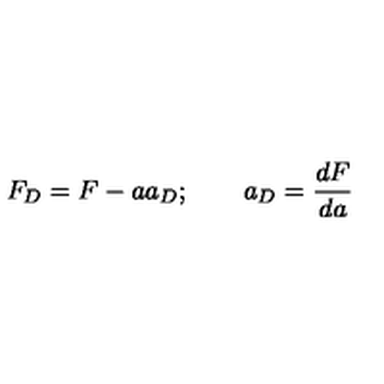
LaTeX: F _ { D } = F - a a _ { D } ; \qquad a _ { D } = \frac { d F } { d a }